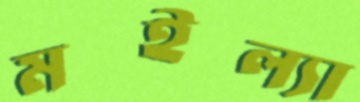
মইল্যা